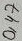
Text: 0,47